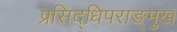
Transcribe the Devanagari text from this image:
प्रसिद्धिपराङ्‍मुख